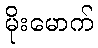
မိုးမောက်